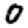
Digit: 0